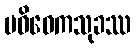
ပဝိဝေကသုခဿ